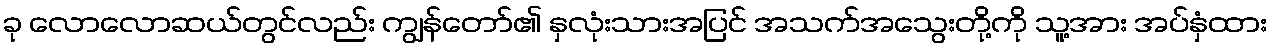
ခု လောလောဆယ်တွင်လည်း ကျွန်တော်၏ နှလုံးသားအပြင် အသက်အသွေးတို့ကို သူ့အား အပ်နှံထား